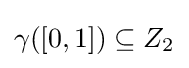
\gamma ([0,1])\subseteq Z_{2}